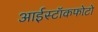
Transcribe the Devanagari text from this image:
आईस्टॉकफोटो